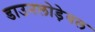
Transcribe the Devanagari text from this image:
डाउनलोड़ेबल